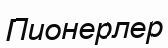
Пионерлер